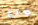
صرح